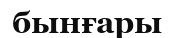
бынғары